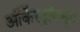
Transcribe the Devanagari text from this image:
ऑर्केस्ट्रांमधून